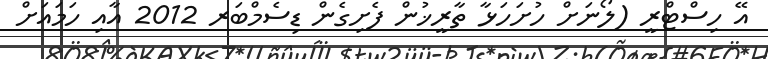
އޭ ހިސްޓްރީ (ލޯނަށް ހުށަހަޅާ ތާރީޚުން ފެށިގެން ޑިސެމްބަރ 2012 އާއި ހަމައަށް